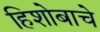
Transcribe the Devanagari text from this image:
हिशोबाचे